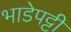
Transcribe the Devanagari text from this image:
भाडेपट्टी